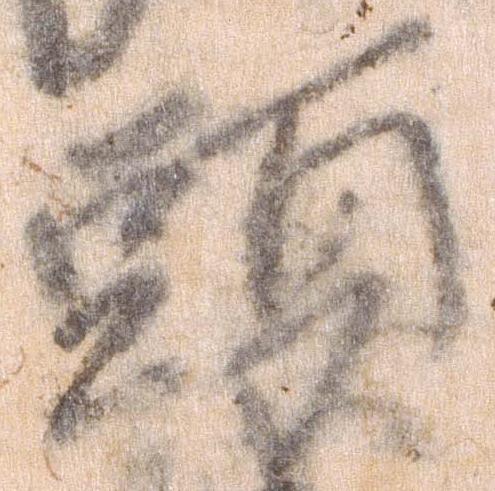
頭